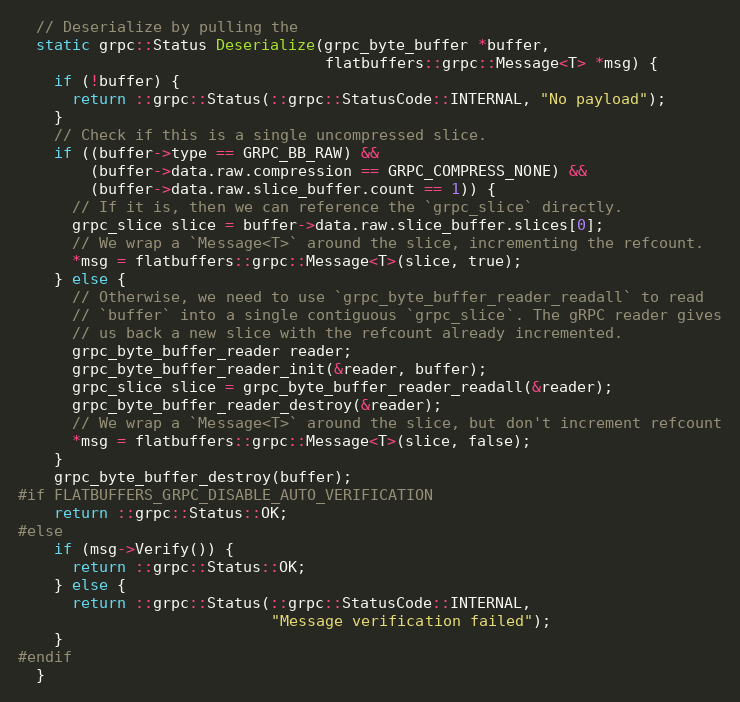
Language: C
  // Deserialize by pulling the
  static grpc::Status Deserialize(grpc_byte_buffer *buffer,
                                  flatbuffers::grpc::Message<T> *msg) {
    if (!buffer) {
      return ::grpc::Status(::grpc::StatusCode::INTERNAL, "No payload");
    }
    // Check if this is a single uncompressed slice.
    if ((buffer->type == GRPC_BB_RAW) &&
        (buffer->data.raw.compression == GRPC_COMPRESS_NONE) &&
        (buffer->data.raw.slice_buffer.count == 1)) {
      // If it is, then we can reference the `grpc_slice` directly.
      grpc_slice slice = buffer->data.raw.slice_buffer.slices[0];
      // We wrap a `Message<T>` around the slice, incrementing the refcount.
      *msg = flatbuffers::grpc::Message<T>(slice, true);
    } else {
      // Otherwise, we need to use `grpc_byte_buffer_reader_readall` to read
      // `buffer` into a single contiguous `grpc_slice`. The gRPC reader gives
      // us back a new slice with the refcount already incremented.
      grpc_byte_buffer_reader reader;
      grpc_byte_buffer_reader_init(&reader, buffer);
      grpc_slice slice = grpc_byte_buffer_reader_readall(&reader);
      grpc_byte_buffer_reader_destroy(&reader);
      // We wrap a `Message<T>` around the slice, but don't increment refcount
      *msg = flatbuffers::grpc::Message<T>(slice, false);
    }
    grpc_byte_buffer_destroy(buffer);
#if FLATBUFFERS_GRPC_DISABLE_AUTO_VERIFICATION
    return ::grpc::Status::OK;
#else
    if (msg->Verify()) {
      return ::grpc::Status::OK;
    } else {
      return ::grpc::Status(::grpc::StatusCode::INTERNAL,
                            "Message verification failed");
    }
#endif
  }